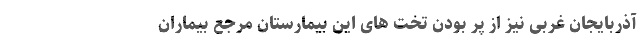
آذربایجان غربی نیز از پر بودن تخت های این بیمارستان مرجع بیماران